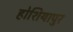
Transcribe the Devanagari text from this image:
होशियापुर